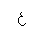
Letter: _ayn